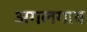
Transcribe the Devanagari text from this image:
अगलगाव